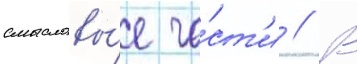
смысловы́е ча́ст'и // В